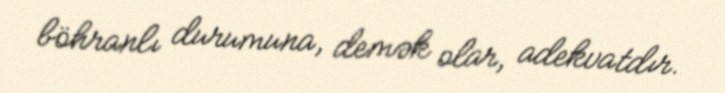
böhranlı durumuna, demək olar, adekvatdır.